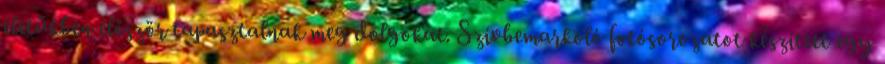
életükben először tapasztalnak meg dolgokat. Szívbemarkoló fotósorozatot készített egy